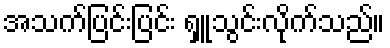
အသက်ပြင်းပြင်း ရှူသွင်းလိုက်သည်။